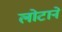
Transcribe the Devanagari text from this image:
लोटाने